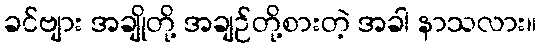
ခင်ဗျား အချိုတို့ အချဉ်တို့စားတဲ့ အခါ နာသလား။